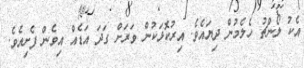
އެކު ލޯންޗު ހެލެމުން ދިޔައެވެ. އިރުކޮޅަކުން ވަރަށް ގަދަ އަޑެއް އިވެން ފެށިއެވެ.